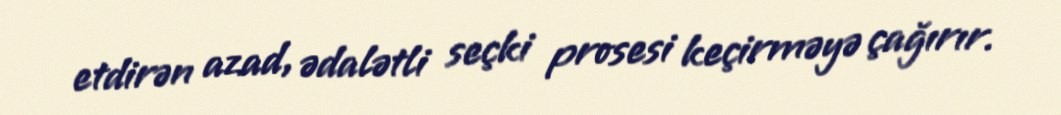
etdirən azad, ədalətli seçki prosesi keçirməyə çağırır.